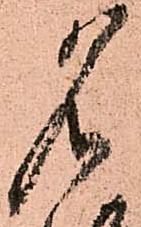
名